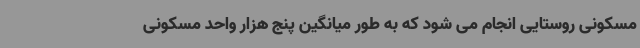
مسکونی روستایی انجام می شود که به طور میانگین پنج هزار واحد مسکونی